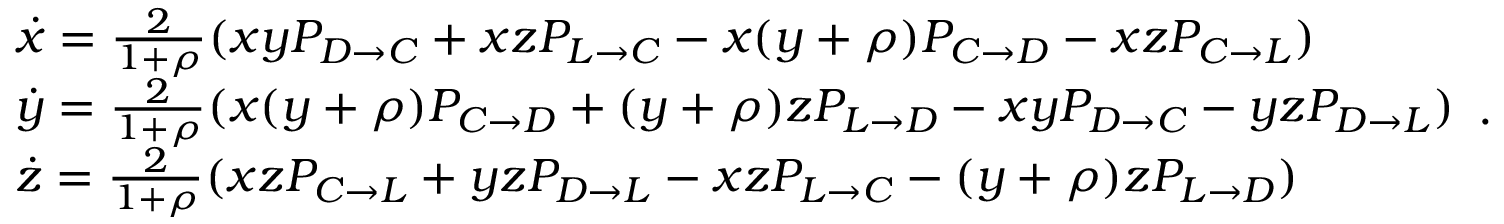
\begin{array} { l } { \dot { x } = \frac { 2 } { 1 + \rho } ( x y P _ { D \to C } + x z P _ { L \to C } - x ( y + \rho ) P _ { C \to D } - x z P _ { C \to L } ) } \\ { \dot { y } = \frac { 2 } { 1 + \rho } ( x ( y + \rho ) P _ { C \to D } + ( y + \rho ) z P _ { L \to D } - x y P _ { D \to C } - y z P _ { D \to L } ) } \\ { \dot { z } = \frac { 2 } { 1 + \rho } ( x z P _ { C \to L } + y z P _ { D \to L } - x z P _ { L \to C } - ( y + \rho ) z P _ { L \to D } ) } \end{array} .